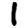
Digit: 1